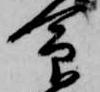
命